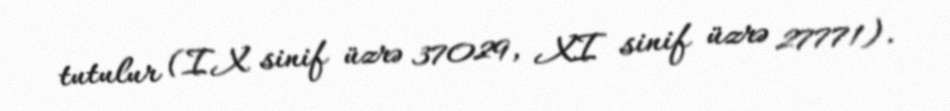
tutulur (IX sinif üzrə 37029, XI sinif üzrə 27771).